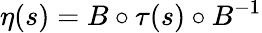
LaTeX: \eta(s)=B\circ\tau(s)\circ B^{-1}